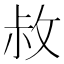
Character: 𭣬